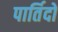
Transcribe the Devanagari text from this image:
पार्तिदो